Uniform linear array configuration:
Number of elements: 48
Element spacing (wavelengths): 0.75
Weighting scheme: blackman
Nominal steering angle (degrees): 45
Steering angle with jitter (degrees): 44.629
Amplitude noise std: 0.05
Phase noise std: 0.05

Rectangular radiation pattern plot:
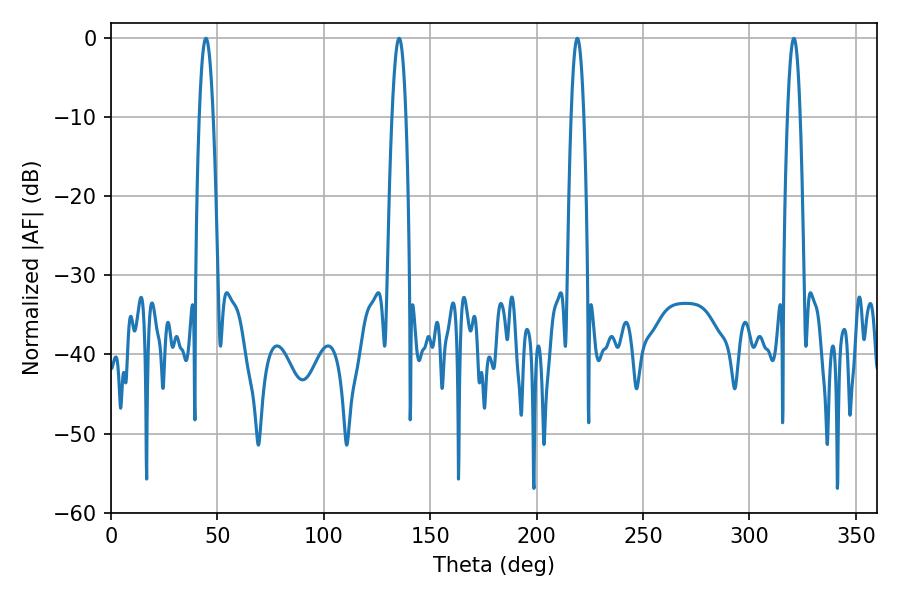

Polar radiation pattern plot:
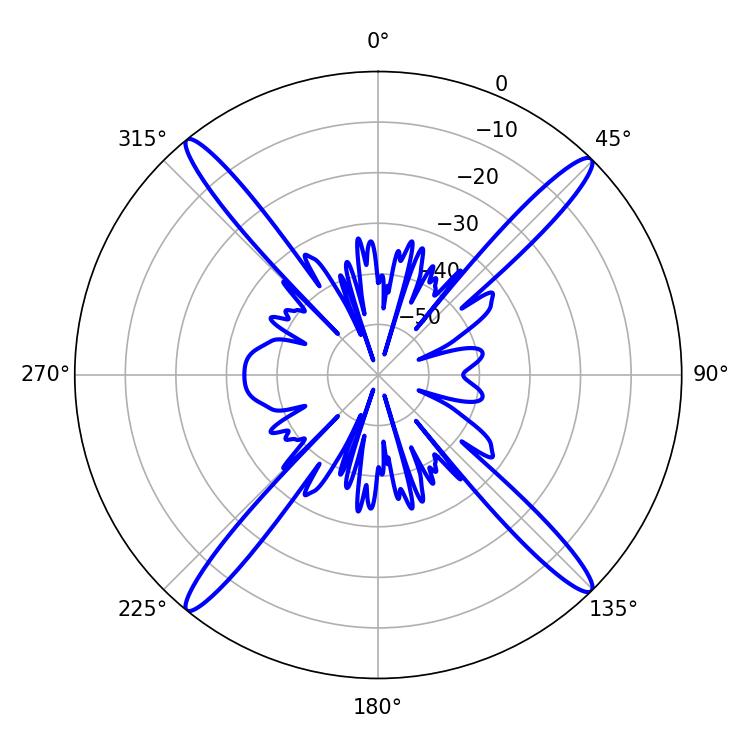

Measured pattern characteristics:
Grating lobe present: TRUE
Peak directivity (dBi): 20.753
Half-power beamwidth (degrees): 3.6
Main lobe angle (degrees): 44.64